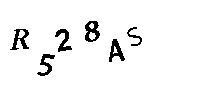
R528AS